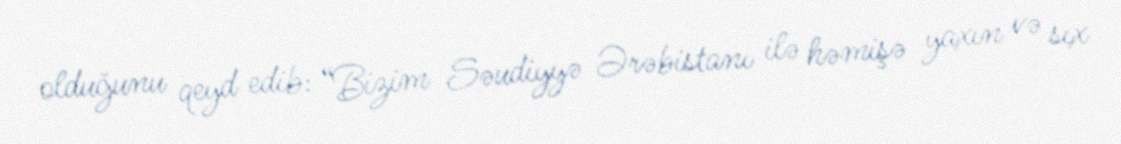
olduğunu qeyd edib: “Bizim Səudiyyə Ərəbistanı ilə həmişə yaxın və sıx